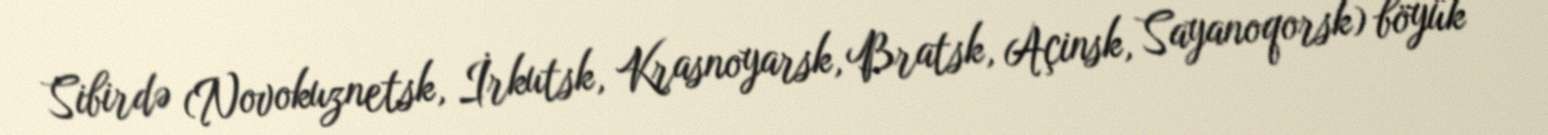
Sibirdə (Novokuznetsk, İrkutsk, Krasnoyarsk, Bratsk, Açinsk, Sayanoqorsk) böyük